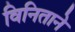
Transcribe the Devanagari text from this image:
विनिताने